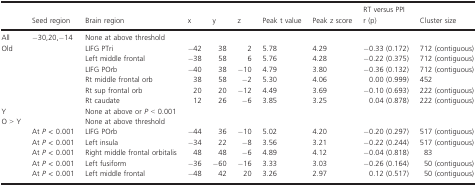
<table><thead><tr><td></td><td><b>Seed region</b></td><td><b>Brain region</b></td><td><b>x</b></td><td><b>y</b></td><td><b>z</b></td><td><b>Peak t value</b></td><td><b>Peak z score</b></td><td><b>RT versus PPI r (p)</b></td><td><b>Cluster size</b></td></tr></thead><tbody><tr><td>All</td><td>−30,20,−14</td><td>None at above threshold</td><td></td><td></td><td></td><td></td><td></td><td></td><td></td></tr><tr><td rowspan="6">Old</td><td></td><td>LIFG PTri</td><td>−42</td><td>38</td><td>2</td><td>5.78</td><td>4.29</td><td>−0.33 (0.172)</td><td>712 (contiguous)</td></tr><tr><td></td><td>Left middle frontal</td><td>−38</td><td>58</td><td>6</td><td>5.76</td><td>4.28</td><td>−0.22 (0.375)</td><td>712 (contiguous)</td></tr><tr><td></td><td>LIFG POrb</td><td>−40</td><td>38</td><td>−10</td><td>4.79</td><td>3.80</td><td>−0.36 (0.132)</td><td>712 (contiguous)</td></tr><tr><td></td><td>Rt middle frontal orb</td><td>38</td><td>58</td><td>−2</td><td>5.30</td><td>4.06</td><td>0.00 (0.999)</td><td>452</td></tr><tr><td></td><td>Rt sup frontal orb</td><td>20</td><td>20</td><td>−12</td><td>4.49</td><td>3.69</td><td>−0.10 (0.693)</td><td>222 (contiguous)</td></tr><tr><td></td><td>Rt caudate</td><td>12</td><td>26</td><td>−6</td><td>3.85</td><td>3.25</td><td>0.04 (0.878)</td><td>222 (contiguous)</td></tr><tr><td>Y</td><td></td><td>None at above or <i>P</i> &lt; 0.001</td><td></td><td></td><td></td><td></td><td></td><td></td><td></td></tr><tr><td rowspan="6">O &gt; Y</td><td></td><td>None at above threshold</td><td></td><td></td><td></td><td></td><td></td><td></td><td></td></tr><tr><td>At <i>P</i> &lt; 0.001</td><td>LIFG POrb</td><td>−44</td><td>36</td><td>−10</td><td>5.02</td><td>4.20</td><td>−0.20 (0.297)</td><td>517 (contiguous)</td></tr><tr><td>At <i>P</i> &lt; 0.001</td><td>Left insula</td><td>−34</td><td>22</td><td>−8</td><td>3.56</td><td>3.21</td><td>−0.22 (0.244)</td><td>517 (contiguous)</td></tr><tr><td>At <i>P</i> &lt; 0.001</td><td>Right middle frontal orbitalis</td><td>48</td><td>48</td><td>−6</td><td>4.89</td><td>4.12</td><td>−0.04 (0.818)</td><td>83</td></tr><tr><td>At <i>P</i> &lt; 0.001</td><td>Left fusiform</td><td>−36</td><td>−60</td><td>−16</td><td>3.33</td><td>3.03</td><td>−0.26 (0.164)</td><td>50 (contiguous)</td></tr><tr><td>At <i>P</i> &lt; 0.001</td><td>Left middle frontal</td><td>−48</td><td>42</td><td>20</td><td>3.26</td><td>2.97</td><td>0.12 (0.517)</td><td>50 (contiguous)</td></tr></tbody></table>